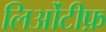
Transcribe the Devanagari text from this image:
लिओंटीफ़